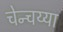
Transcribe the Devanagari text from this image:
चेन्चय्या